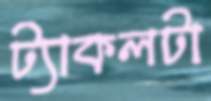
ট্যাকলটা